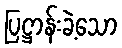
ပြဋ္ဌာန်းခဲ့သော